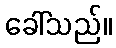
ခေါ်သည်။